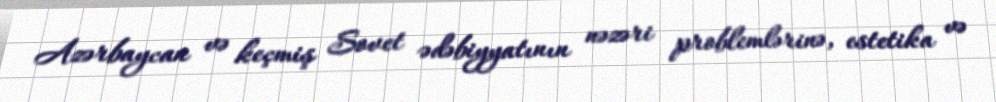
Azərbaycan və keçmiş Sovet ədəbiyyatının nəzəri problemlərinə, estetika və